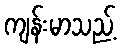
ကျန်းမာသည့်